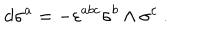
d \sigma ^ { a } = - \varepsilon ^ { a b c } \sigma ^ { b } \wedge \sigma ^ { c } ~ .